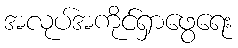
အလုပ်အကိုင်ရှာဖွေရေး